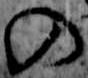
の